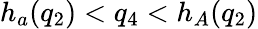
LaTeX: h_{a}(q_{2})<q_{4}<h_{A}(q_{2})